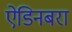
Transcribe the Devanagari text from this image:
ऐडिनबरा